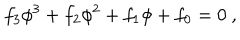
LaTeX: f _ { 3 } \phi ^ { 3 } + f _ { 2 } \phi ^ { 2 } + f _ { 1 } \phi + f _ { 0 } = 0 \ ,